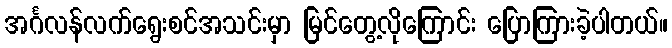
အင်္ဂလန်လက်ရွေးစင်အသင်းမှာ မြင်တွေ့လိုကြောင်း ပြောကြားခဲ့ပါတယ်။